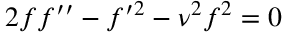
2 f f ^ { \prime \prime } - f ^ { \prime 2 } - \nu ^ { 2 } f ^ { 2 } = 0